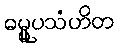
ဓမ္မူပသံဟိတ